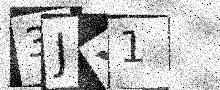
Text: 3JY1